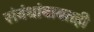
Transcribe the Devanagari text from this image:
संबंधांबाबतही